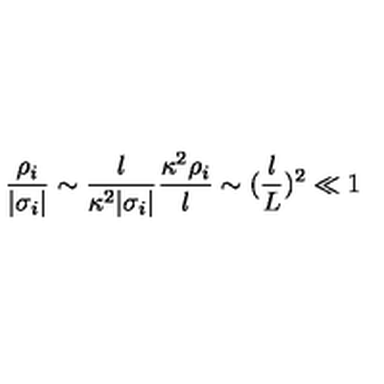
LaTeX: { \frac { \rho _ { i } } { | \sigma _ { i } | } } \sim { \frac { l } { \kappa ^ { 2 } | \sigma _ { i } | } } { \frac { \kappa ^ { 2 } \rho _ { i } } { l } } \sim ( { \frac { l } { L } } ) ^ { 2 } \ll 1